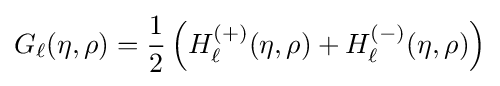
G_{\ell }(\eta ,\rho )={\frac {1}{2}}\left(H_{\ell }^{(+)}(\eta ,\rho )+H_{\ell }^{(-)}(\eta ,\rho )\right)